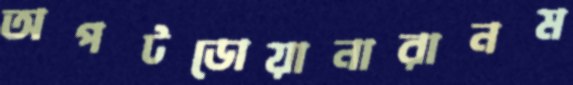
অপটডোয়ানারানম